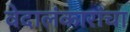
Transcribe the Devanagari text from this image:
वेदालंकारांचा